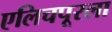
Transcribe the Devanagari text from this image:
एलिचपूरला